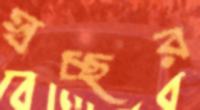
স্বচ্ছর